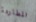
المطاردة